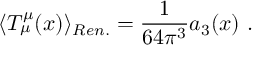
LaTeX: \langle T _ { \mu } ^ { \mu } ( x ) \rangle _ { R e n . } = \frac 1 { 6 4 \pi ^ { 3 } } a _ { 3 } ( x ) \ .